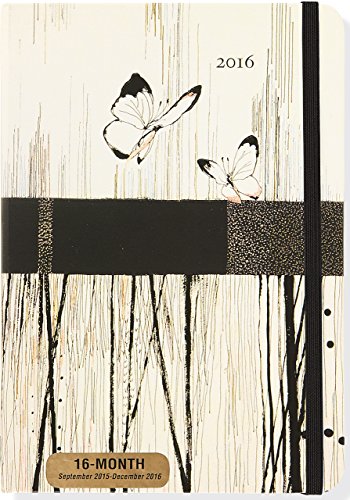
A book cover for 2016 Contemporary Butterflies Weekly Planner (16-Month Engagement Calendar, Diary); Peter Pauper Press; Calendars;